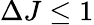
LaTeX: \Delta J\leq 1